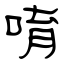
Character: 唷